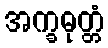
အက္ခဓုတ္တံ